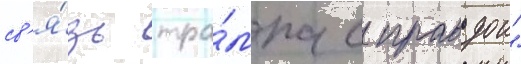
св'я́зь тра́мпа с правдои"